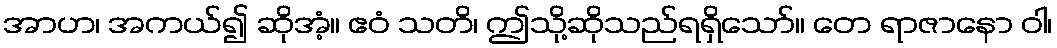
အာဟ၊ အကယ်၍ ဆိုအံ့။ ဧဝံ သတိ၊ ဤသို့ဆိုသည်ရရှိသော်။ တေ ရာဇာနော ဝါ၊